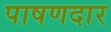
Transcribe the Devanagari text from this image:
पाषणदार